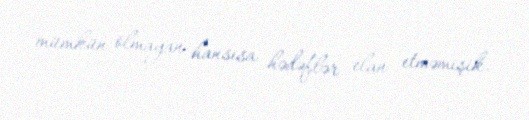
mümkün olmayan hansısa hədəflər elan etməmişik.